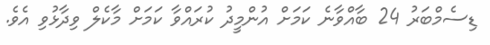
ޑިސެމްބަރު 24 ބާއްވާނެ ކަމަށް އުންމީދު ކުރައްވާ ކަމަށް މާކެލް ވިދާޅުވި އެވެ.